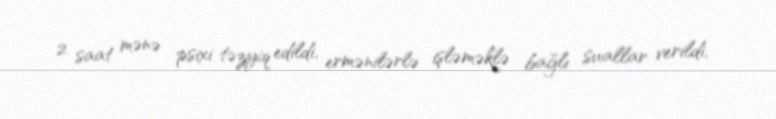
2 saat mənə psixi təzyiq edildi, ermənilərlə işləməklə bağlı suallar verildi,